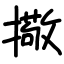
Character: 擏